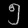
Digit: ၅